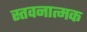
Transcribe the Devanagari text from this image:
स्तवनात्मक